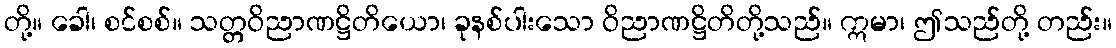
တို့။ ခေါ၊ စင်စစ်။ သတ္တဝိညာဏဋ္ဌိတိယော၊ ခုနစ်ပါးသော ဝိညာဏဋ္ဌိတိတို့သည်။ ဣမာ၊ ဤသည်တို့ တည်း။